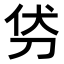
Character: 𭃜